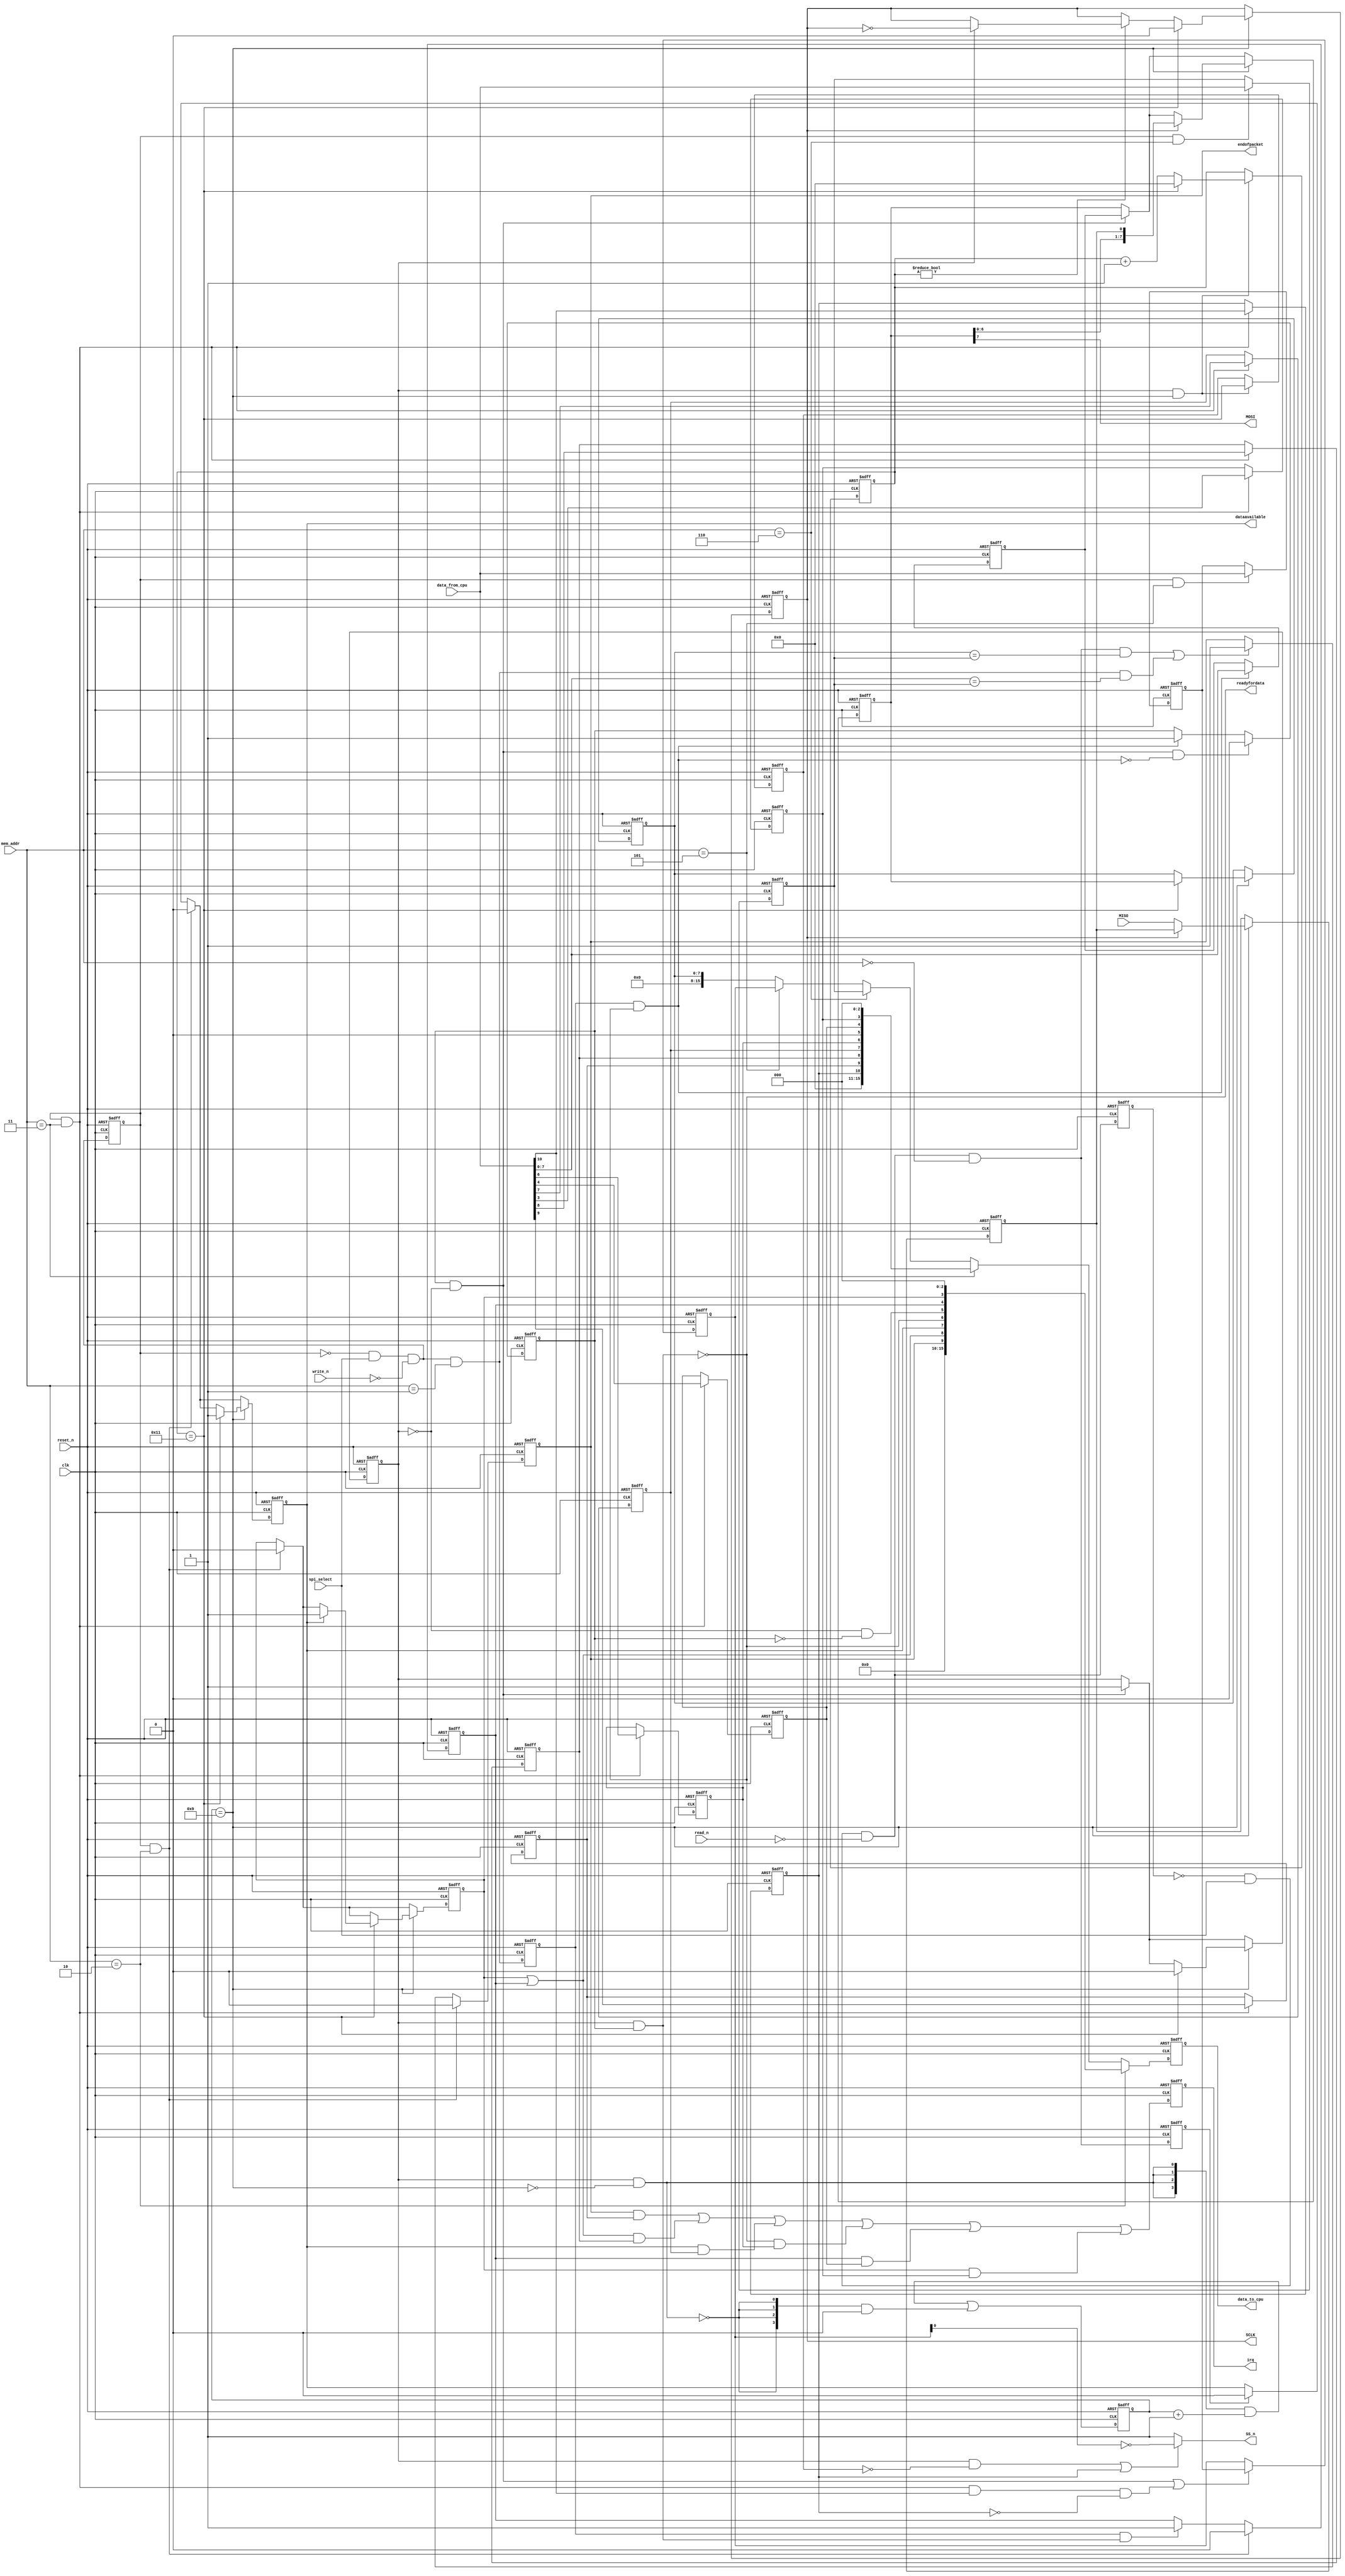
//Legal Notice: (C)2022 Altera Corporation. All rights reserved.  Your
//use of Altera Corporation's design tools, logic functions and other
//software and tools, and its AMPP partner logic functions, and any
//output files any of the foregoing (including device programming or
//simulation files), and any associated documentation or information are
//expressly subject to the terms and conditions of the Altera Program
//License Subscription Agreement or other applicable license agreement,
//including, without limitation, that your use is for the sole purpose
//of programming logic devices manufactured by Altera and sold by Altera
//or its authorized distributors.  Please refer to the applicable
//agreement for further details.

// synthesis translate_off
`timescale 1ns / 1ps
// synthesis translate_on

// turn off superfluous verilog processor warnings 
// altera message_level Level1 
// altera message_off 10034 10035 10036 10037 10230 10240 10030 

//Register map:
//addr      register      type
//0         read data     r
//1         write data    w
//2         status        r/w
//3         control       r/w
//4         reserved
//5         slave-enable  r/w
//6         end-of-packet-value r/w
//INPUT_CLOCK: 50000000
//ISMASTER: 1
//DATABITS: 8
//TARGETCLOCK: 2500000
//NUMSLAVES: 1
//CPOL: 0
//CPHA: 0
//LSBFIRST: 0
//EXTRADELAY: 0
//TARGETSSDELAY: 0

module final_project_spi0 (
                            // inputs:
                             MISO,
                             clk,
                             data_from_cpu,
                             mem_addr,
                             read_n,
                             reset_n,
                             spi_select,
                             write_n,

                            // outputs:
                             MOSI,
                             SCLK,
                             SS_n,
                             data_to_cpu,
                             dataavailable,
                             endofpacket,
                             irq,
                             readyfordata
                          )
;

  output           MOSI;
  output           SCLK;
  output           SS_n;
  output  [ 15: 0] data_to_cpu;
  output           dataavailable;
  output           endofpacket;
  output           irq;
  output           readyfordata;
  input            MISO;
  input            clk;
  input   [ 15: 0] data_from_cpu;
  input   [  2: 0] mem_addr;
  input            read_n;
  input            reset_n;
  input            spi_select;
  input            write_n;


wire             E;
reg              EOP;
reg              MISO_reg;
wire             MOSI;
reg              ROE;
reg              RRDY;
wire             SCLK;
reg              SCLK_reg;
reg              SSO_reg;
wire             SS_n;
wire             TMT;
reg              TOE;
wire             TRDY;
wire             control_wr_strobe;
reg              data_rd_strobe;
reg     [ 15: 0] data_to_cpu;
reg              data_wr_strobe;
wire             dataavailable;
wire             ds_MISO;
wire             enableSS;
wire             endofpacket;
reg     [ 15: 0] endofpacketvalue_reg;
wire             endofpacketvalue_wr_strobe;
reg              iEOP_reg;
reg              iE_reg;
reg              iROE_reg;
reg              iRRDY_reg;
reg              iTMT_reg;
reg              iTOE_reg;
reg              iTRDY_reg;
wire             irq;
reg              irq_reg;
wire             p1_data_rd_strobe;
wire    [ 15: 0] p1_data_to_cpu;
wire             p1_data_wr_strobe;
wire             p1_rd_strobe;
wire    [  3: 0] p1_slowcount;
wire             p1_wr_strobe;
reg              rd_strobe;
wire             readyfordata;
reg     [  7: 0] rx_holding_reg;
reg     [  7: 0] shift_reg;
wire             slaveselect_wr_strobe;
wire             slowclock;
reg     [  3: 0] slowcount;
wire    [ 10: 0] spi_control;
reg     [ 15: 0] spi_slave_select_holding_reg;
reg     [ 15: 0] spi_slave_select_reg;
wire    [ 10: 0] spi_status;
reg     [  4: 0] state;
reg              stateZero;
wire             status_wr_strobe;
reg              transmitting;
reg              tx_holding_primed;
reg     [  7: 0] tx_holding_reg;
reg              wr_strobe;
wire             write_shift_reg;
wire             write_tx_holding;
  //spi_control_port, which is an e_avalon_slave
  assign p1_rd_strobe = ~rd_strobe & spi_select & ~read_n;
  // Read is a two-cycle event.
  always @(posedge clk or negedge reset_n)
    begin
      if (reset_n == 0)
          rd_strobe <= 0;
      else 
        rd_strobe <= p1_rd_strobe;
    end


  assign p1_data_rd_strobe = p1_rd_strobe & (mem_addr == 0);
  always @(posedge clk or negedge reset_n)
    begin
      if (reset_n == 0)
          data_rd_strobe <= 0;
      else 
        data_rd_strobe <= p1_data_rd_strobe;
    end


  assign p1_wr_strobe = ~wr_strobe & spi_select & ~write_n;
  // Write is a two-cycle event.
  always @(posedge clk or negedge reset_n)
    begin
      if (reset_n == 0)
          wr_strobe <= 0;
      else 
        wr_strobe <= p1_wr_strobe;
    end


  assign p1_data_wr_strobe = p1_wr_strobe & (mem_addr == 1);
  always @(posedge clk or negedge reset_n)
    begin
      if (reset_n == 0)
          data_wr_strobe <= 0;
      else 
        data_wr_strobe <= p1_data_wr_strobe;
    end


  assign control_wr_strobe = wr_strobe & (mem_addr == 3);
  assign status_wr_strobe = wr_strobe & (mem_addr == 2);
  assign slaveselect_wr_strobe = wr_strobe & (mem_addr == 5);
  assign endofpacketvalue_wr_strobe = wr_strobe & (mem_addr == 6);
  assign TMT = ~transmitting & ~tx_holding_primed;
  assign E = ROE | TOE;
  assign spi_status = {EOP, E, RRDY, TRDY, TMT, TOE, ROE, 3'b0};
  // Streaming data ready for pickup.
  assign dataavailable = RRDY;

  // Ready to accept streaming data.
  assign readyfordata = TRDY;

  // Endofpacket condition detected.
  assign endofpacket = EOP;

  always @(posedge clk or negedge reset_n)
    begin
      if (reset_n == 0)
        begin
          iEOP_reg <= 0;
          iE_reg <= 0;
          iRRDY_reg <= 0;
          iTRDY_reg <= 0;
          iTMT_reg <= 0;
          iTOE_reg <= 0;
          iROE_reg <= 0;
          SSO_reg <= 0;
        end
      else if (control_wr_strobe)
        begin
          iEOP_reg <= data_from_cpu[9];
          iE_reg <= data_from_cpu[8];
          iRRDY_reg <= data_from_cpu[7];
          iTRDY_reg <= data_from_cpu[6];
          iTMT_reg <= data_from_cpu[5];
          iTOE_reg <= data_from_cpu[4];
          iROE_reg <= data_from_cpu[3];
          SSO_reg <= data_from_cpu[10];
        end
    end


  assign spi_control = {SSO_reg, iEOP_reg, iE_reg, iRRDY_reg, iTRDY_reg, 1'b0, iTOE_reg, iROE_reg, 3'b0};
  // IRQ output.
  always @(posedge clk or negedge reset_n)
    begin
      if (reset_n == 0)
          irq_reg <= 0;
      else 
        irq_reg <= (EOP & iEOP_reg) | ((TOE | ROE) & iE_reg) | (RRDY & iRRDY_reg) | (TRDY & iTRDY_reg) | (TOE & iTOE_reg) | (ROE & iROE_reg);
    end


  assign irq = irq_reg;
  // Slave select register.
  always @(posedge clk or negedge reset_n)
    begin
      if (reset_n == 0)
          spi_slave_select_reg <= 1;
      else if (write_shift_reg || control_wr_strobe & data_from_cpu[10] & ~SSO_reg)
          spi_slave_select_reg <= spi_slave_select_holding_reg;
    end


  // Slave select holding register.
  always @(posedge clk or negedge reset_n)
    begin
      if (reset_n == 0)
          spi_slave_select_holding_reg <= 1;
      else if (slaveselect_wr_strobe)
          spi_slave_select_holding_reg <= data_from_cpu;
    end


  // slowclock is active once every 10 system clock pulses.
  assign slowclock = slowcount == 4'h9;

  assign p1_slowcount = ({4 {(transmitting && !slowclock)}} & (slowcount + 1)) |
    ({4 {(~((transmitting && !slowclock)))}} & 0);

  // Divide counter for SPI clock.
  always @(posedge clk or negedge reset_n)
    begin
      if (reset_n == 0)
          slowcount <= 0;
      else 
        slowcount <= p1_slowcount;
    end


  // End-of-packet value register.
  always @(posedge clk or negedge reset_n)
    begin
      if (reset_n == 0)
          endofpacketvalue_reg <= 0;
      else if (endofpacketvalue_wr_strobe)
          endofpacketvalue_reg <= data_from_cpu;
    end


  assign p1_data_to_cpu = ((mem_addr == 2))? spi_status :
    ((mem_addr == 3))? spi_control :
    ((mem_addr == 6))? endofpacketvalue_reg :
    ((mem_addr == 5))? spi_slave_select_reg :
    rx_holding_reg;

  always @(posedge clk or negedge reset_n)
    begin
      if (reset_n == 0)
          data_to_cpu <= 0;
      else 
        // Data to cpu.
        data_to_cpu <= p1_data_to_cpu;

    end


  // 'state' counts from 0 to 17.
  always @(posedge clk or negedge reset_n)
    begin
      if (reset_n == 0)
        begin
          state <= 0;
          stateZero <= 1;
        end
      else if (transmitting & slowclock)
        begin
          stateZero <= state == 17;
          if (state == 17)
              state <= 0;
          else 
            state <= state + 1;
        end
    end


  assign enableSS = transmitting & ~stateZero;
  assign MOSI = shift_reg[7];
  assign SS_n = (enableSS | SSO_reg) ? ~spi_slave_select_reg : {1 {1'b1} };
  assign SCLK = SCLK_reg;
  // As long as there's an empty spot somewhere,
  //it's safe to write data.
  assign TRDY = ~(transmitting & tx_holding_primed);

  // Enable write to tx_holding_register.
  assign write_tx_holding = data_wr_strobe & TRDY;

  // Enable write to shift register.
  assign write_shift_reg = tx_holding_primed & ~transmitting;

  always @(posedge clk or negedge reset_n)
    begin
      if (reset_n == 0)
        begin
          shift_reg <= 0;
          rx_holding_reg <= 0;
          EOP <= 0;
          RRDY <= 0;
          ROE <= 0;
          TOE <= 0;
          tx_holding_reg <= 0;
          tx_holding_primed <= 0;
          transmitting <= 0;
          SCLK_reg <= 0;
          MISO_reg <= 0;
        end
      else 
        begin
          if (write_tx_holding)
            begin
              tx_holding_reg <= data_from_cpu;
              tx_holding_primed <= 1;
            end
          if (data_wr_strobe & ~TRDY)
              // You wrote when I wasn't ready.
              TOE <= 1;

          // EOP must be updated by the last (2nd) cycle of access.
          if ((p1_data_rd_strobe && (rx_holding_reg == endofpacketvalue_reg)) || (p1_data_wr_strobe && (data_from_cpu[7 : 0] == endofpacketvalue_reg)))
              EOP <= 1;
          if (write_shift_reg)
            begin
              shift_reg <= tx_holding_reg;
              transmitting <= 1;
            end
          if (write_shift_reg & ~write_tx_holding)
              // Clear tx_holding_primed
              tx_holding_primed <= 0;

          if (data_rd_strobe)
              // On data read, clear the RRDY bit.
              RRDY <= 0;

          if (status_wr_strobe)
            begin
              // On status write, clear all status bits (ignore the data).
              EOP <= 0;

              RRDY <= 0;
              ROE <= 0;
              TOE <= 0;
            end
          if (slowclock)
            begin
              if (state == 17)
                begin
                  transmitting <= 0;
                  RRDY <= 1;
                  rx_holding_reg <= shift_reg;
                  SCLK_reg <= 0;
                  if (RRDY)
                      ROE <= 1;
                end
              else if (state != 0)
                  if (transmitting)
                      SCLK_reg <= ~SCLK_reg;
              if (SCLK_reg ^ 0 ^ 0)
                begin
                  if (1)
                      shift_reg <= {shift_reg[6 : 0], MISO_reg};
                end
              else 
                MISO_reg <= ds_MISO;
            end
        end
    end


  assign ds_MISO = MISO;

endmodule